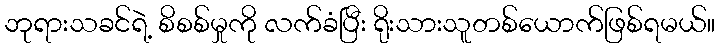
ဘုရားသခင်ရဲ့ စိစစ်မှုကို လက်ခံပြီး ရိုးသားသူတစ်ယောက်ဖြစ်ရမယ်။